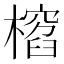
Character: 𣛱